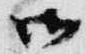
御